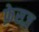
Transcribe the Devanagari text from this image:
फ़ेसज़